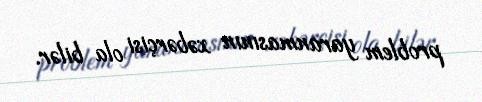
problem yaranmasının xəbərçisi ola bilər.